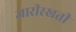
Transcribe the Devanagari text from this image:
जारीरखती